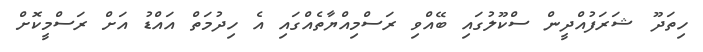
ހިތަދޫ ޝަރަފުއްދީން ސްކޫލުގައި ބޭއްވި ރަސްމިއްޔާތެއްގައި އެ ހިދުމަތް އައްޑު އަށް ރަސްމީކޮށް